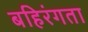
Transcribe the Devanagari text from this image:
बहिरंगता